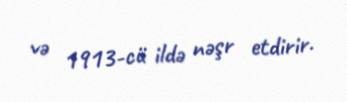
və 1913-cü ildə nəşr etdirir.